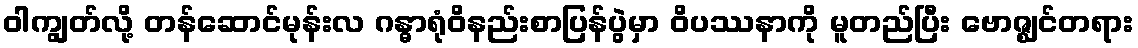
ဝါကျွတ်လို့ တန်ဆောင်မုန်းလ ဂန္ဓာရုံဝိနည်းစာပြန်ပွဲမှာ ဝိပဿနာကို မူတည်ပြီး ဗောဇ္ဈင်တရား